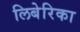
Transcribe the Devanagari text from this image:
लिबेरिका